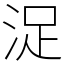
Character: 浞